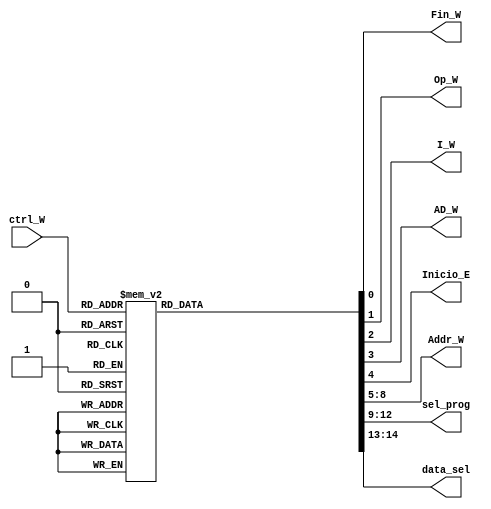
`timescale 1ns / 1ps
//////////////////////////////////////////////////////////////////////////////////
// Company: 
// Engineer: 
// 
// Design Name: 
// Module Name:    Deco_programar 
// Project Name: 
// Target Devices: 
// Tool versions: 
// Description: 
//
// Dependencies: 
//
// Revision: 
// Revision 0.01 - File Created
// Additional Comments: 
//
//////////////////////////////////////////////////////////////////////////////////
module Deco_programar(
   input wire [4:0] ctrl_W,
	output reg Fin_W,Op_W,I_W,AD_W,Inicio_E,
	output reg [3:0] Addr_W,sel_prog,
	output reg [1:0] data_sel
    );

always @* 
	
	case(ctrl_W)
	
		5'b00000: //a 
			begin		
			Fin_W=0;
			Op_W=0;
			I_W=0;
			AD_W=0;
			Inicio_E=0;
			Addr_W=4'b0000;
			sel_prog=4'b0000;
			data_sel=2'b10;
			end
		
		5'b00001: //b 
			begin		
			Fin_W=0;
			Op_W=1;
			I_W=1;
			AD_W=0;
			Inicio_E=0;
			Addr_W=4'b0100;
			sel_prog=4'b0000;
			data_sel=2'b11;
			end
			
		5'b00010: //c 
			begin		
			Fin_W=0;
			Op_W=1;
			I_W=1;
			AD_W=1;
			Inicio_E=0;
			Addr_W=4'b0100;
			sel_prog=4'b0000;
			data_sel=2'b11;
			end
		
		5'b00011: //d 
			begin		
			Fin_W=0;
			Op_W=1;
			I_W=1;
			AD_W=0;
			Inicio_E=0;
			Addr_W=4'b0101;
			sel_prog=4'b0001;
			data_sel=2'b11;
			end
			
		5'b00100: //e 
			begin		
			Fin_W=0;
			Op_W=1;
			I_W=1;
			AD_W=1;
			Inicio_E=0;
			Addr_W=4'b0101;
			sel_prog=4'b0001;
			data_sel=2'b11;
			end
			
		5'b00101: //f 
			begin		
			Fin_W=0;
			Op_W=1;
			I_W=1;
			AD_W=0;
			Inicio_E=0;
			Addr_W=4'b0110;
			sel_prog=4'b0010;
			data_sel=2'b11;
			end
		
		5'b00110: //g 
			begin		
			Fin_W=0;
			Op_W=1;
			I_W=1;
			AD_W=1;
			Inicio_E=0;
			Addr_W=4'b0110;
			sel_prog=4'b0010;
			data_sel=2'b11;
			end
			
		5'b00111: //h 
			begin		
			Fin_W=0;
			Op_W=1;
			I_W=1;
			AD_W=0;
			Inicio_E=0;
			Addr_W=4'b0111;
			sel_prog=4'b0011;
			data_sel=2'b11;
			end
		
		5'b01000: //i 
			begin		
			Fin_W=0;
			Op_W=1;
			I_W=1;
			AD_W=1;
			Inicio_E=0;
			Addr_W=4'b0111;
			sel_prog=4'b0011;
			data_sel=2'b11;
			end
			
		5'b01001: //j 
			begin		
			Fin_W=0;
			Op_W=1;
			I_W=1;
			AD_W=0;
			Inicio_E=0;
			Addr_W=4'b1000;
			sel_prog=4'b0100;
			data_sel=2'b11;
			end
		
		5'b01010: //k 
			begin		
			Fin_W=0;
			Op_W=1;
			I_W=1;
			AD_W=1;
			Inicio_E=0;
			Addr_W=4'b1000;
			sel_prog=4'b0100;
			data_sel=2'b11;
			end
			
		5'b01011: //l 
			begin		
			Fin_W=0;
			Op_W=1;
			I_W=1;
			AD_W=0;
			Inicio_E=0;
			Addr_W=4'b1001;
			sel_prog=4'b0101;
			data_sel=2'b11;
			end
		
		5'b01100: //m 
			begin		
			Fin_W=0;
			Op_W=1;
			I_W=1;
			AD_W=1;
			Inicio_E=0;
			Addr_W=4'b1001;
			sel_prog=4'b0101;
			data_sel=2'b11;
			end
			
		5'b01101: //n 
			begin		
			Fin_W=0;
			Op_W=1;
			I_W=1;
			AD_W=0;
			Inicio_E=0;
			Addr_W=4'b1010;
			sel_prog=4'b0110;
			data_sel=2'b11;
			end
		
		5'b01110: //o 
			begin		
			Fin_W=0;
			Op_W=1;
			I_W=1;
			AD_W=1;
			Inicio_E=0;
			Addr_W=4'b1010;
			sel_prog=4'b0110;
			data_sel=2'b11;
			end
		
		5'b01111: //p 
			begin		
			Fin_W=0;
			Op_W=1;
			I_W=1;
			AD_W=0;
			Inicio_E=0;
			Addr_W=4'b1011;
			sel_prog=4'b0111;
			data_sel=2'b11;
			end
		
		5'b10000: //q 
			begin		
			Fin_W=0;
			Op_W=1;
			I_W=1;
			AD_W=1;
			Inicio_E=0;
			Addr_W=4'b1011;
			sel_prog=4'b0111;
			data_sel=2'b11;
			end
		
		5'b10001: //r 
			begin		
			Fin_W=0;
			Op_W=1;
			I_W=1;
			AD_W=0;
			Inicio_E=0;
			Addr_W=4'b1100;
			sel_prog=4'b1000;
			data_sel=2'b11;
			end
		
		5'b10010: //s 
			begin		
			Fin_W=0;
			Op_W=1;
			I_W=1;
			AD_W=1;
			Inicio_E=0;
			Addr_W=4'b1100;
			sel_prog=4'b1000;
			data_sel=2'b11;
			end
		
		5'b10011: //t 
			begin		
			Fin_W=0;
			Op_W=1;
			I_W=1;
			AD_W=0;
			Inicio_E=0;
			Addr_W=4'b1101;
			sel_prog=4'b1001;
			data_sel=2'b11;
			end
		
		5'b10100: //u 
			begin		
			Fin_W=0;
			Op_W=1;
			I_W=1;
			AD_W=1;
			Inicio_E=0;
			Addr_W=4'b1101;
			sel_prog=4'b1001;
			data_sel=2'b11;
			end
		
		5'b10101: //v 
			begin		
			Fin_W=1;
			Op_W=0;
			I_W=0;
			AD_W=0;
			Inicio_E=0;
			Addr_W=4'b0000;
			sel_prog=4'b0000;
			data_sel=2'b10;
			end
		
		5'b10110: //w 
			begin		
			Fin_W=0;
			Op_W=0;
			I_W=0;
			AD_W=0;
			Inicio_E=0;
			Addr_W=4'b0000;
			sel_prog=4'b0000;
			data_sel=2'b00;
			end
		
		5'b10111: //x 
			begin		
			Fin_W=0;
			Op_W=1;
			I_W=1;
			AD_W=0;
			Inicio_E=0;
			Addr_W=4'b0000;
			sel_prog=4'b0000;
			data_sel=2'b00;
			end
		
		5'b11000: //y 
			begin		
			Fin_W=0;
			Op_W=1;
			I_W=1;
			AD_W=0;
			Inicio_E=0;
			Addr_W=4'b0000;
			sel_prog=4'b0000;
			data_sel=2'b01;
			end
		
		5'b11001: //z 
			begin		
			Fin_W=0;
			Op_W=1;
			I_W=1;
			AD_W=1;
			Inicio_E=0;
			Addr_W=4'b0000;
			sel_prog=4'b0000;
			data_sel=2'b01;
			end
		
		5'b11010: //A 
			begin		
			Fin_W=0;
			Op_W=1;
			I_W=1;
			AD_W=1;
			Inicio_E=0;
			Addr_W=4'b0000;
			sel_prog=4'b0000;
			data_sel=2'b00;
			end
		
		5'b11011: //B 
			begin		
			Fin_W=0;
			Op_W=1;
			I_W=1;
			AD_W=0;
			Inicio_E=0;
			Addr_W=4'b1101;
			sel_prog=4'b0000;
			data_sel=2'b11;
			end
		
		5'b11100: //C 
			begin		
			Fin_W=0;
			Op_W=1;
			I_W=1;
			AD_W=1;
			Inicio_E=0;
			Addr_W=4'b1101;
			sel_prog=4'b0000;
			data_sel=2'b11;
			end
		
		5'b11101: //D 
			begin		
			Fin_W=0;
			Op_W=0;
			I_W=0;
			AD_W=0;
			Inicio_E=1;
			Addr_W=4'b0000;
			sel_prog=4'b0000;
			data_sel=2'b00;
			end
		
		default:
			begin		
			Fin_W=1;
			Op_W=1;
			I_W=0;
			AD_W=0;
			Inicio_E=0;
			Addr_W=4'b0000;
			sel_prog=4'b0000;
			data_sel=2'b10;
			end
		endcase
		
endmodule